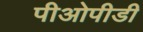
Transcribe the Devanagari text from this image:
पीओपीडी